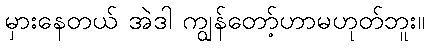
မှားနေတယ် အဲဒါ ကျွန်တော့်ဟာမဟုတ်ဘူး။